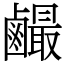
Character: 䴝